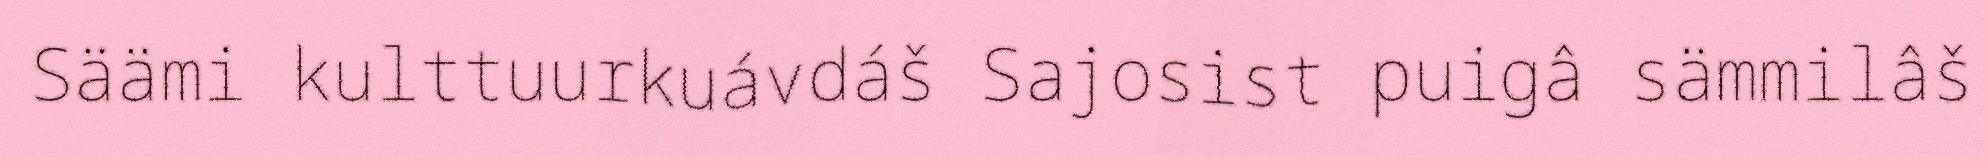
Säämi kulttuurkuávdáš Sajosist puigâ sämmilâš